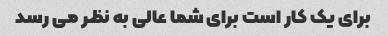
برای یک کار است برای شما عالی به نظر می رسد